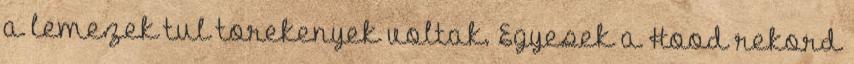
a lemezek tul torekenyek voltak. Egyesek a Hood rekord